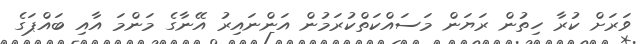
ވަރަށް ކުރާ ހިތުން ރަޔަން މަސައްކަތްކުރަމުން އަންނައިރު އޭނާގެ މަންމަ އާއި ބައްޕަގެ